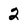
Character: 2